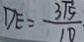
D E = \frac { 3 \sqrt { 5 } } { 1 0 }